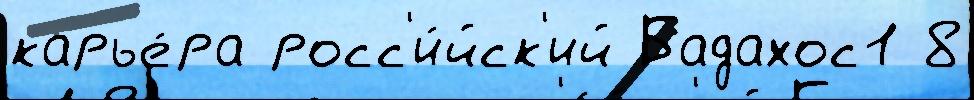
карье́ра росс'и́йск'ий Бадахос1 8